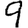
Digit: 9